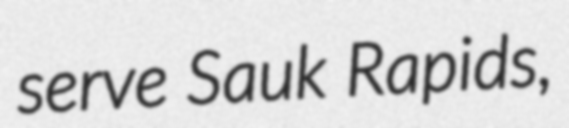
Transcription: serve Sauk Rapids,